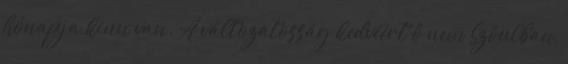
hónapja kinn van. A változatosság kedvéért ő nem Szöulban,